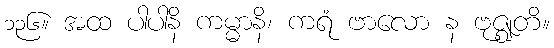
၁၃၆။ အထ ပါပါနိ ကမ္မာနိ၊ ကရံ ဗာလော န ဗုဇ္ဈတိ။